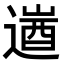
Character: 𮞹